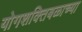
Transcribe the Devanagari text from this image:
योगशक्तिबळाच्या